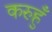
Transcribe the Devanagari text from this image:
करुहुँ